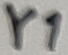
Text: Y1